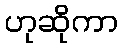
ဟုဆိုကာ